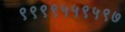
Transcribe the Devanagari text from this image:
९९९९५५९५९७